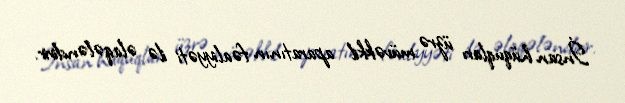
İnsan hüquqları üzrə müvəkkil aparatının fəaliyyəti ilə əlaqələndirir.